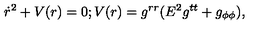
\dot { r } ^ { 2 } + V ( r ) = 0 ; V ( r ) = g ^ { r r } ( E ^ { 2 } g ^ { t t } + g _ { \phi \phi } ) ,